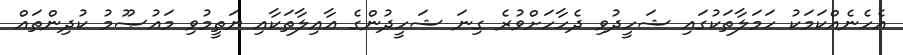
އެހެނެއްކަމަކު ހަމަލާތަކުގައި ޝަހީދުވި ދެހާހަށްވުރެ ގިނަ ޝަހީދުންގެ ޢާއިލާތަކާއި ޔަތީމުވި މައުޞޫމު ކުދިންތައް